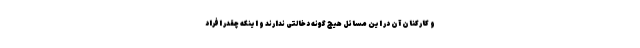
و کارکنان آن در این مسائل هیچ گونه دخالتی ندارند و اینکه چقدر افراد